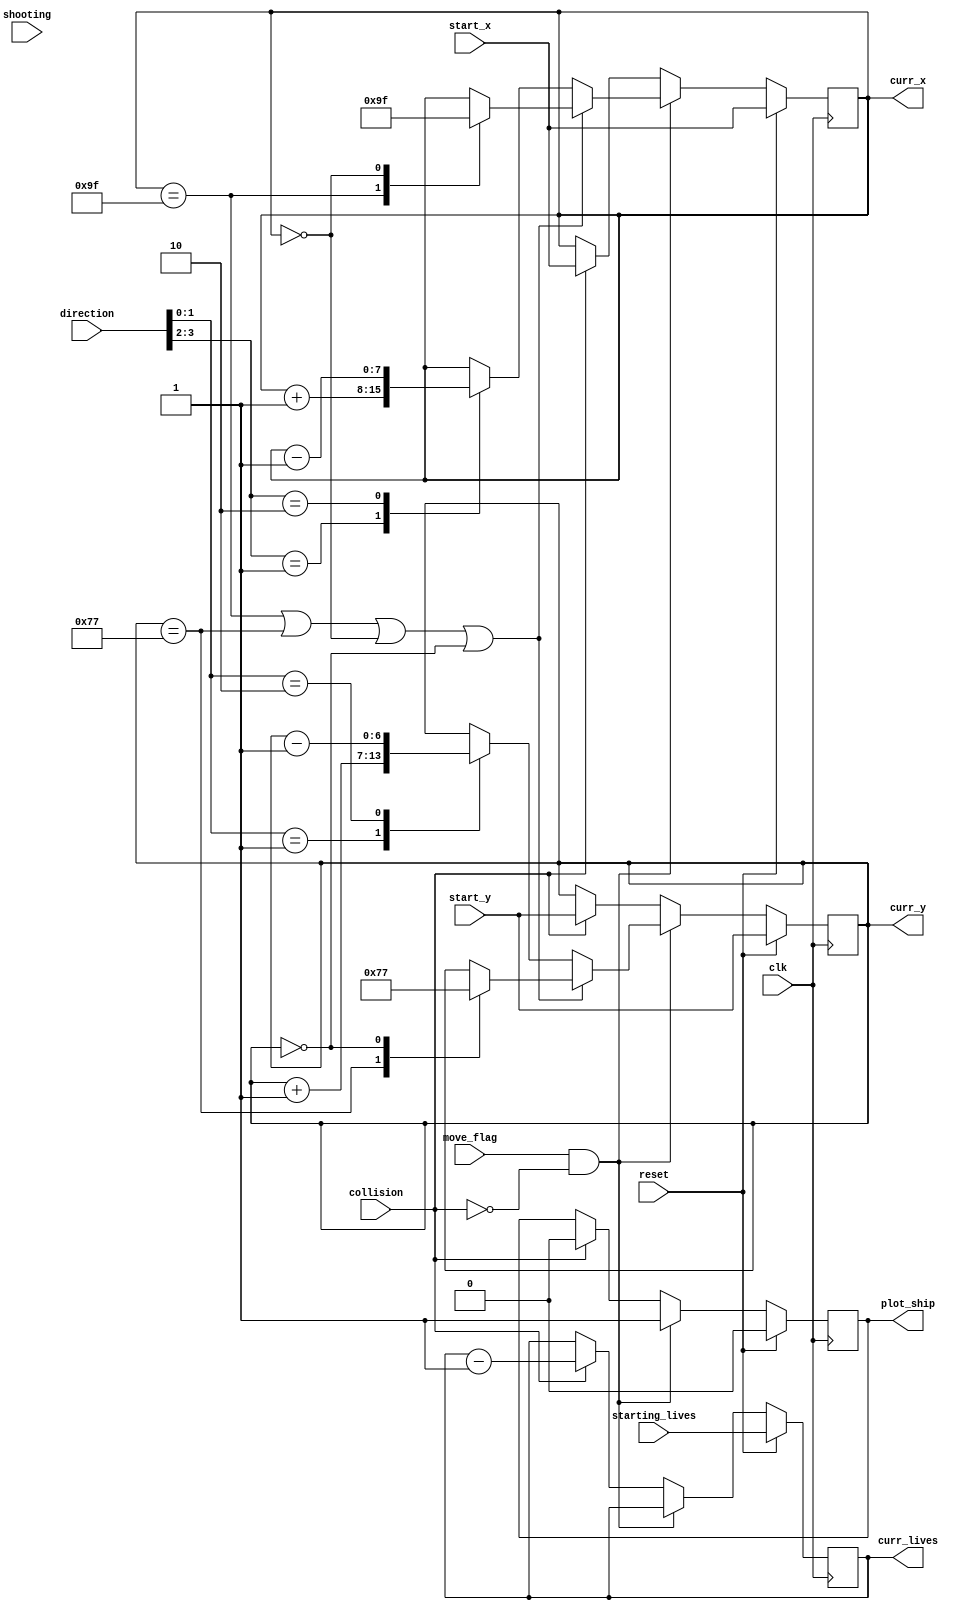
module spaceship(clk, reset, start_x, start_y, move_flag, starting_lives, shooting, direction, collision, curr_x, curr_y, plot_ship, curr_lives);
//TODO change the coordinates to be the middle 
input clk, reset, shooting, collision, move_flag;
input [7:0] start_x;
input [6:0] start_y;
input [1:0] starting_lives; //TODO: Implement extra lives through scoring system
input [3:0] direction;

wire [1:0] direction_x, direction_y;

assign direction_x = direction [3:2];
assign direction_y = direction [1:0];

output reg [7:0] curr_x;
output reg [6:0] curr_y;
output reg [1:0] curr_lives;

output [0:0] plot_ship;

reg [23:0] time_counter;
reg plot_ship;

//bullet_maker bullet_factory(
			//.clk(clk), 
			//.pressed(shooting), 
			//.reset(reset), 
			//.direct_x(direction_x), 
			//.direct_y(direction_y), 
			//.ship_x(curr_x), 
			//.ship_y(curr_y));

always @ (posedge clk)
	begin
		if (reset) begin
			//time_counter <= 24'd10; //TODO: change the time here
			curr_x <= start_x;
			curr_y <= start_y;
			curr_lives <= starting_lives;
			plot_ship <= 1'b0;
		end
		else begin
			//time_counter <= time_counter == 24'd0 ? 24'd10 : time_counter - 1;				
			if(move_flag && !collision) begin
				plot_ship <= 1'b1;
			
				case (direction_x)
					2'b00: curr_x <= curr_x;
					2'b01: curr_x <= curr_x + 1;
					2'b10: curr_x <= curr_x - 1;
					default: curr_x <= curr_x;
				endcase
				
				case (direction_y)
					2'b00: curr_y <= curr_y;
					2'b01: curr_y <= curr_y + 1;
					2'b10: curr_y <= curr_y - 1;
					default: curr_y <= curr_y;	
				endcase
				if (curr_x == 8'd159 || curr_y == 8'd119 || curr_x == 8'd0 || curr_y == 8'd0) begin
					case (curr_x)
						8'd159: curr_x <= 8'd0;
						8'd0: curr_x <= 8'd159;
						default: curr_x <= curr_x;	
					endcase

					case (curr_y)
						7'd119: curr_y <= 7'd0;
						7'd0: curr_y <= 7'd119;
						default: curr_y <= curr_y;
					endcase	
				end
			end
			else if (collision) begin
				plot_ship = 1'b0; //TODO: Figure out what to do when lives is not 0
				curr_lives <= curr_lives - 1;
				curr_x <= start_x;
				curr_y <= start_y;		
			end
		end //TODO: make sure to load directions in correctly in top module that deals with key presses
	end
endmodule